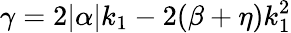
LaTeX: \gamma=2|\alpha|k_{1}-2(\beta+\eta)k_{1}^{2}